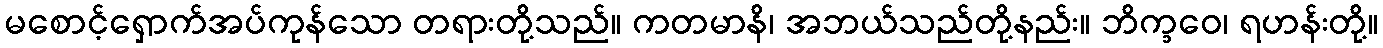
မစောင့်ရှောက်အပ်ကုန်သော တရားတို့သည်။ ကတမာနိ၊ အဘယ်သည်တို့နည်း။ ဘိက္ခဝေ၊ ရဟန်းတို့။